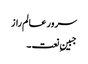
سرور عالم راز
جبینِ نعت ۔